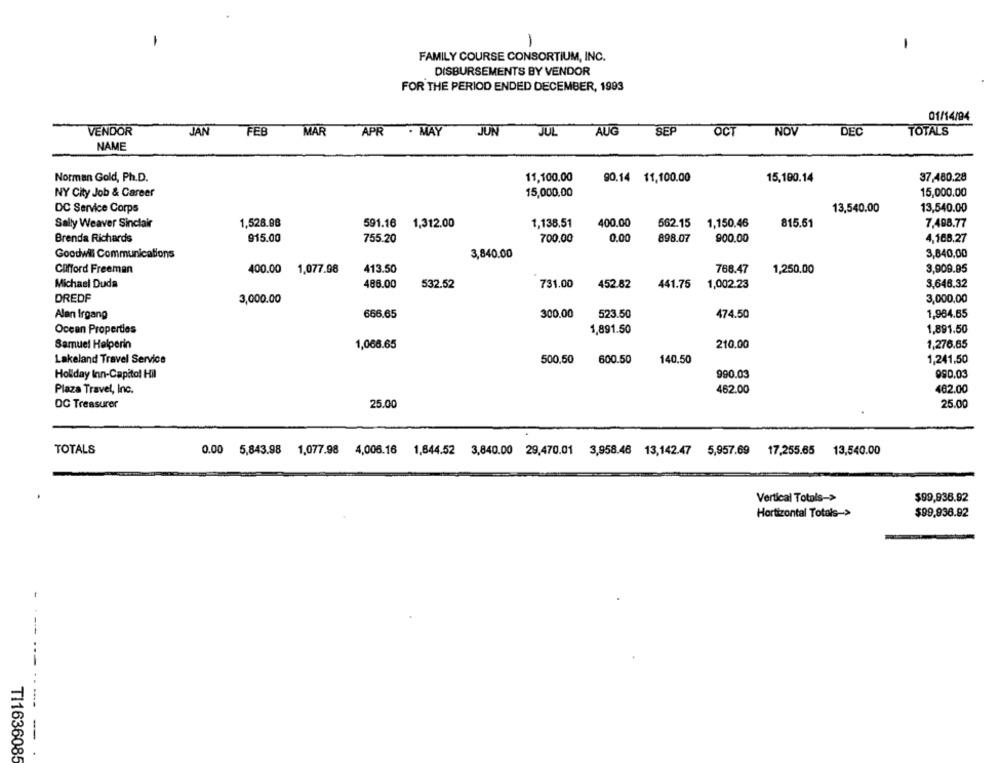
-
FAMILY COURSE CONSORTIUM, INC.
DISBURSEMENTS BY VENDOR
FOR THE PERIOD ENDED DECEMBER, 1993
01/14/94
VENDOR
JAN
FEB
MAR
APR . MAY
JUN
JUL
AUG
SEP
OCT
NOV
DEC
TOTALS
NAME
Norman Gold, Ph.D.
11,100.00
90.14 11,100.00
15,190.14
37,480.28
15,000.00
NY City Job & Career
15,000.00
DC Service Corps
13,540.00
13,540.00
Sally Weaver Sinclair
1,528.98
591.16
1,312.00
1,138.51
400.00
562.15
1,150.46
815.51
7,488.77
Brenda Richards
915.00
755.20
700.00
0.00
898.07
900.00
4,168,27
Goodwil Communications
3,840.00
3,840,00
Clifford Freeman
400.00 1,077.98
413.50
768.47
1,250,00
3,909.95
3,646.32
Michael Duda
488.00
532.52
731.00
452.82
441.75
1,002.23
DREDF
3,000,00
3,000.00
666.65
300.00
523.50
1,984.65
Alan Irgang
474.50
1,891.50
Ocean Properties
1,891.50
Samuel Halperin
1,068.65
210.00
1,276.65
Lakeland Travel Service
500,50
1,241.50
600.50
140.50
Holiday Inn-Capitol Hil
990.03
990.03
Plaza Travel, Inc.
462.00
462.00
DC Treasurer
25.00
25.00
TOTALS
0.00
13,540.00
5,843.98 1,077.98 4,006.16 1,644.52 3,840.00 29,470.01 3,958.46 13,142.47 5,957.69 17,255.65
Vertical Totals->
$99,936.92
Hortizontal Totals->
$99,936.92
----- -
TI1636085